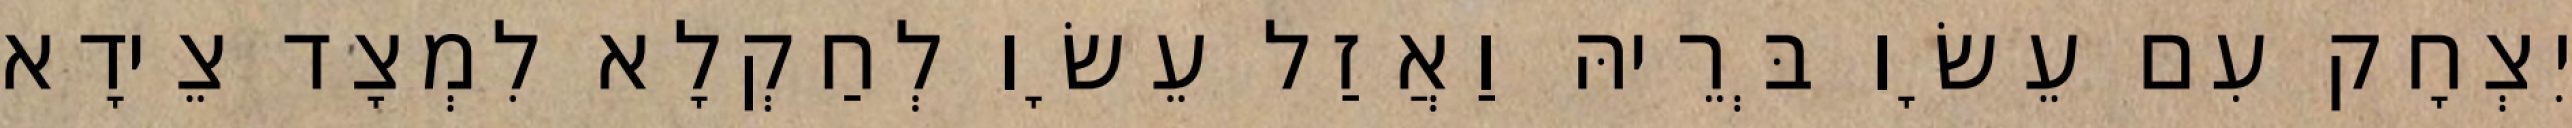
יִצְחָק עִם עֵשָׂו בְּרֵיהּ וַאֲזַל עֵשָׂו לְחַקְלָא לִמְצָד צֵידָא